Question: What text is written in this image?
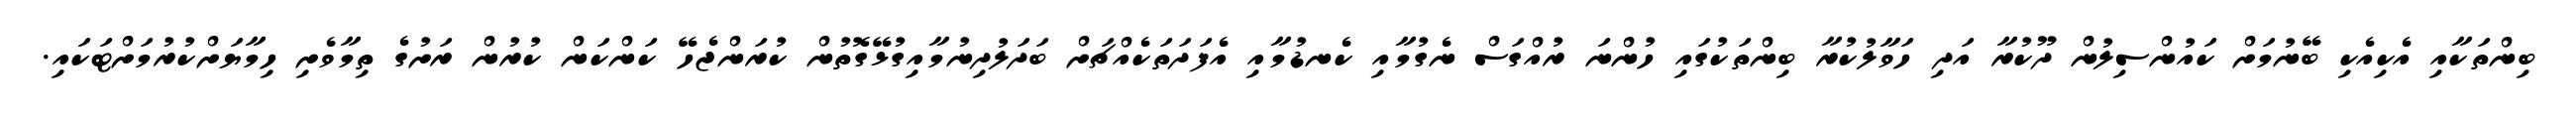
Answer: ބިންތަކާއި އެކިއެކި ބޭނުމަށް ކައުންސިލުން ދޫކުރާ އަދި ހަވާލުކުރާ ބިންތަކުގައި ހުންނަ ރުއްގަސް ނެގުމާއި ކެނޑުމާއި އެފަދަތަކެއްޗަށް ބަދަލުދިނުމާއިގުޅޭގޮތުން ކުރަންޖެހޭ ކަންކަން ކުރުން ރަށުގެ ތިމާވެށި ހިމާޔަށްކުރުމަށްޓަކައި.